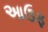
આઉફ